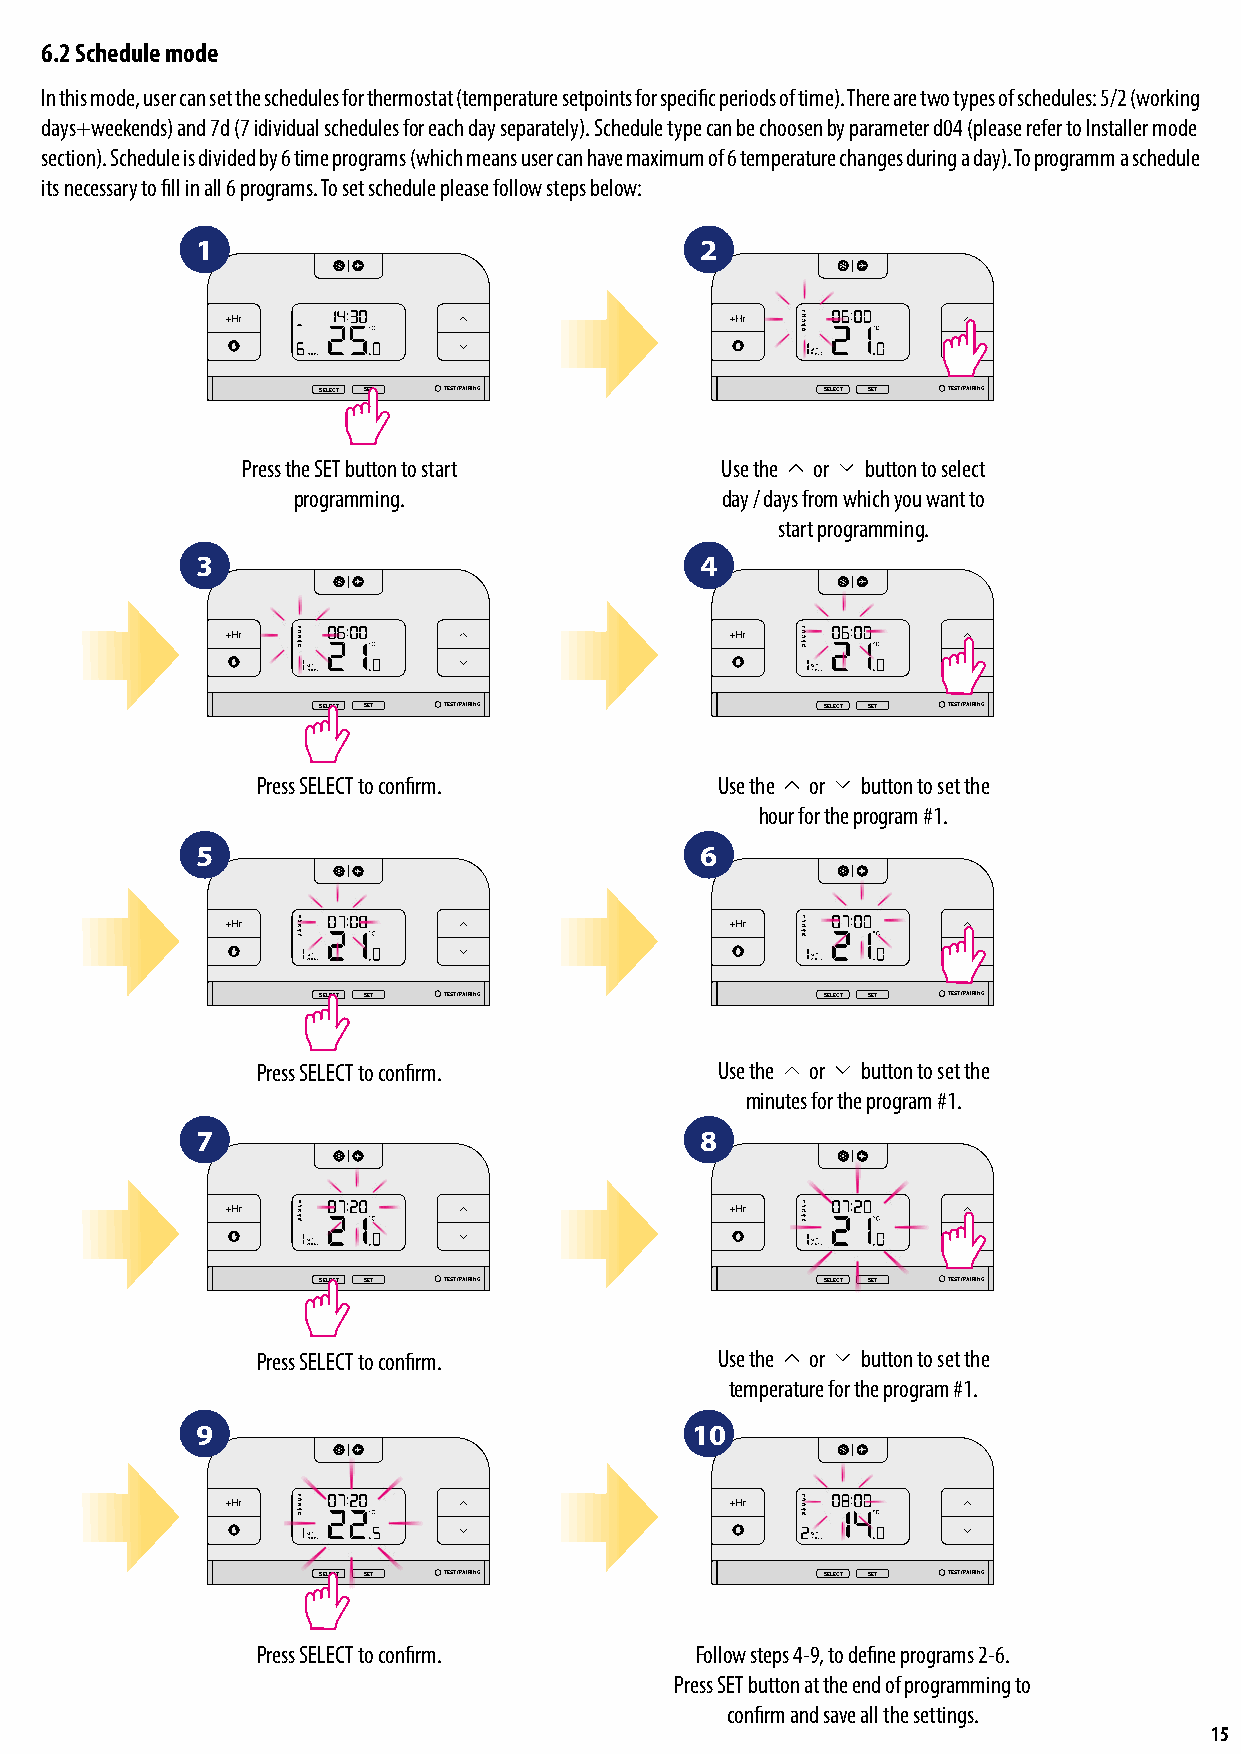
6.2 Schedule mode
 In this mode, user can set the schedules for thermostat (temperature setpoints for specific periods of time). There are two types of schedules: 5/2 (working
 days+weekends) and 7d (7 idividual schedules for each day separately). Schedule type can be choosen by parameter d04 (please refer to Installer mode
 section). Schedule is divided by 6 time programs (which means user can have maximum of 6 temperature changes during a day). To programm a schedule
 its necessary to fill in all 6 programs. To set schedule please follow steps below:
 1                                2
 SELECT SET TEST / PAIRING        SELECT SET TEST / PAIRING
 Press the SET button to start   Use the or button to select
 programming.                 day / days from which you want to
 start programming.
 SELECT SET    TEST / PAIRING
 3                                4
 SELECT SET    TEST / PAIRING
 SELECT SET TEST / PAIRING        SELECT SET TEST / PAIRING
 Press SELECT to confirm.      Use the or button to set the
 hour for the program #1.
 5                                6
 SELECT SET     TEST / PAIRING
 SELECT SET     TEST / PAIRING
 SELECT SET TEST / PAIRING        SELECT SET TEST / PAIRING
 Press SELECT to confirm.      Use the or button to set the
 minutes for the program #1.
 7                                8
 SELECT SET     TEST / PAIRING
 SELECT SET     TEST / PAIRING
 SELECT SET TEST / PAIRING        SELECT SET TEST / PAIRING
 Press SELECT to confirm.      Use the or button to set the
 temperature for the program #1.
 9                         SELECT SET10   TEST / PAIRING
 SELECT SET     TEST / PAIRING
 SELECT SET TEST / PAIRING        SELECT SET TEST / PAIRING
 Press SELECT to confirm.     Follow steps 4-9, to define programs 2-6.
 Press SET button at the end of programming to
 confirm and save all the settings.
 15